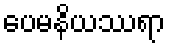
ပေမနိယဿရာ